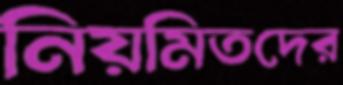
নিয়মিতদের